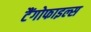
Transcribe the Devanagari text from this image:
टैंगोफाइल्स